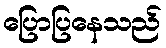
ပြောပြနေသည်